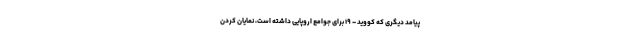
پیامد دیگری که کووید – ۱۹ برای جوامع اروپایی داشته است، نمایان کردن